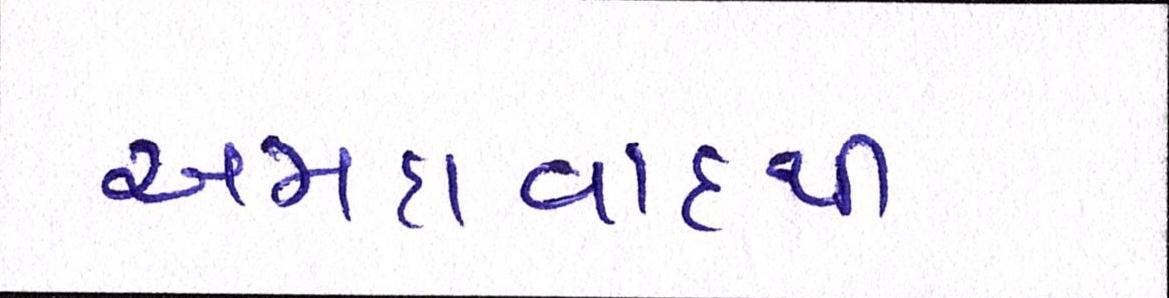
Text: અમદાવાદથી